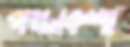
পথনকশা